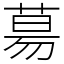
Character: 𦳝